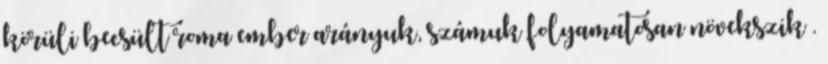
körüli becsült roma ember arányuk, számuk folyamatosan növekszik .